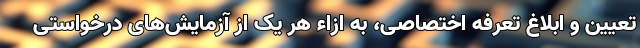
تعیین و ابلاغ تعرفه اختصاصی، به ازاء هر یک از آزمایش‌های درخواستی